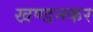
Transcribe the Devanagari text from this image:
खण्डनकर